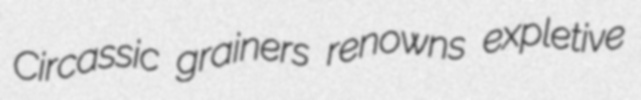
Circassic grainers renowns expletive